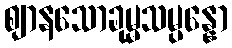
ဈာနသောခုမ္မသမ္ပန္နော